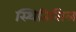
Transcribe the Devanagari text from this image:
स्थितिसिल